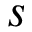
s